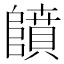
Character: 𱀳